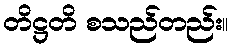
တိဋ္ဌတိ စသည်တည်း။